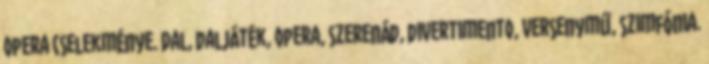
opera cselekménye. Dal, daljáték, opera, szerenád, divertimento, versenymű, szimfónia.